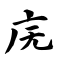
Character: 庑